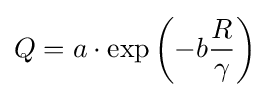
Q=a\cdot \exp \left(-b{\frac {R}{\gamma }}\right)